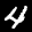
Label: 4